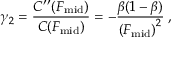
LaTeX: \gamma _ { 2 } = { \frac { C ^ { \prime \prime } ( F _ { \mathrm { m i d } } ) } { C ( F _ { \mathrm { m i d } } ) } } = - { \frac { \beta ( 1 - \beta ) } { \left( F _ { \mathrm { m i d } } \right) ^ { 2 } } } \; ,